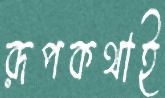
রূপকথাই